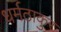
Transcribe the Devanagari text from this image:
धर्मठाकुर